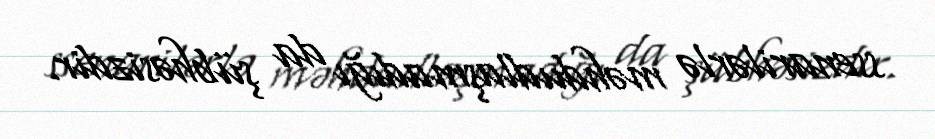
ssenarilərlə məhdudlaşmadığı da şübhəsizdir.